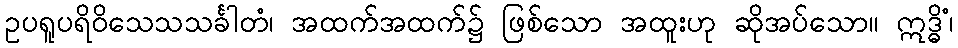
ဥပရူပရိဝိသေသသင်္ခါတံ၊ အထက်အထက်၌ ဖြစ်သော အထူးဟု ဆိုအပ်သော။ ဣဒ္ဓိံ၊